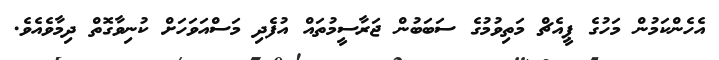
އެހެންކަމުން މަހުގެ ޕީއެޗް މަތިވުމުގެ ސަބަބުން ޖަރާސީމުތައް އުފެދި މަސްއަވަހަށް ކުނިވާގޮތް ދިމާވެއެވެ.